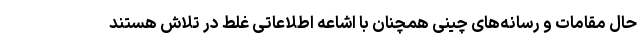
حال مقامات و رسانه‌های چینی همچنان با اشاعه اطلاعاتی غلط در تلاش هستند